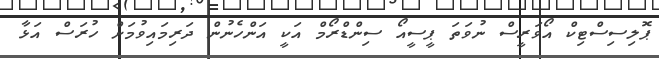
ޕޮލިސިސްޓިކް އޯވަރީސް ނުވަތަ ޕީސީއޯ ސިންޑްރޯމް އަކީ އަންހެނުން ދަރިމައިވުމަށް ހުރަސް އަޅާ